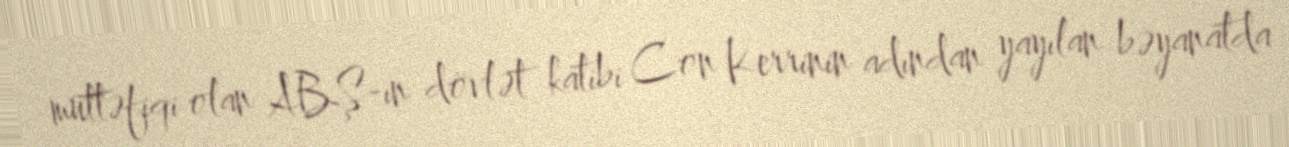
müttəfiqi olan ABŞ-ın dövlət katibi Con Kerrinin adından yayılan bəyanatda